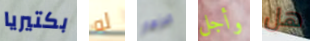
بكتيريا له الازهار وأجل هل